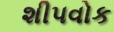
શીપવોક